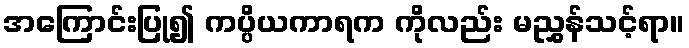
အကြောင်းပြု၍ ကပ္ပိယကာရက ကိုလည်း မညွှန်သင့်ရာ။